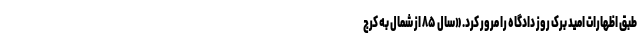
طبق اظهارات امید برک روز دادگاه را مرور کرد. «سال ۸۵ از شمال به کرج